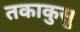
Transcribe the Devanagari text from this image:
तकाकुसु